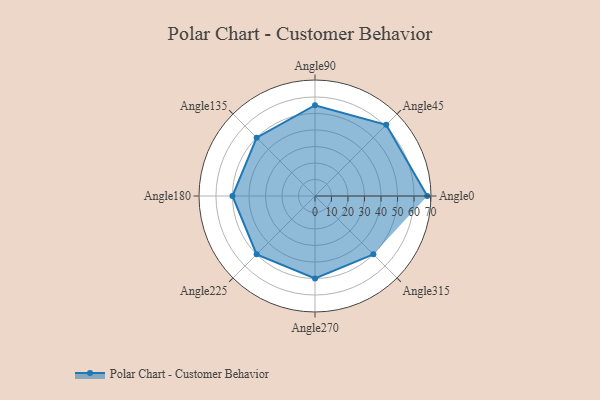
{"axis": {"x": "Angle", "y": "Radius"}, "legend": [""], "data": [{"x": "Angle0", "y": 68.0, "type": ""}, {"x": "Angle45", "y": 61.0, "type": ""}, {"x": "Angle90", "y": 55.0, "type": ""}, {"x": "Angle135", "y": 50, "type": ""}, {"x": "Angle180", "y": 50, "type": ""}, {"x": "Angle225", "y": 50, "type": ""}, {"x": "Angle270", "y": 50, "type": ""}, {"x": "Angle315", "y": 50, "type": ""}]}